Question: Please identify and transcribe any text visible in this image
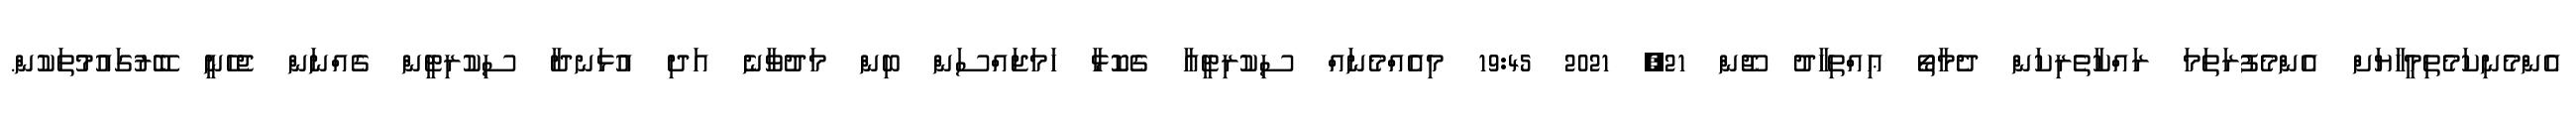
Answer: އެންމެނިކަމެތިމީހާޔަށް އެންމެފުރަތަމަ ރައްކާތެރިކަން ދެމާތޯ ޢިއްތިހާދު ޖޫން 21, 2021 19:45 މިއެއްމެނައް ސިކުރިޓީއާ ގެކޮޅާ ހަމަޖައްސަން ބިން މަދުވާނެ އަދި އުޅަނދާ ސިކުރިޓީން ގެއްނަން ޖެހެނީ ބޭރުގައުމުތަކުން.